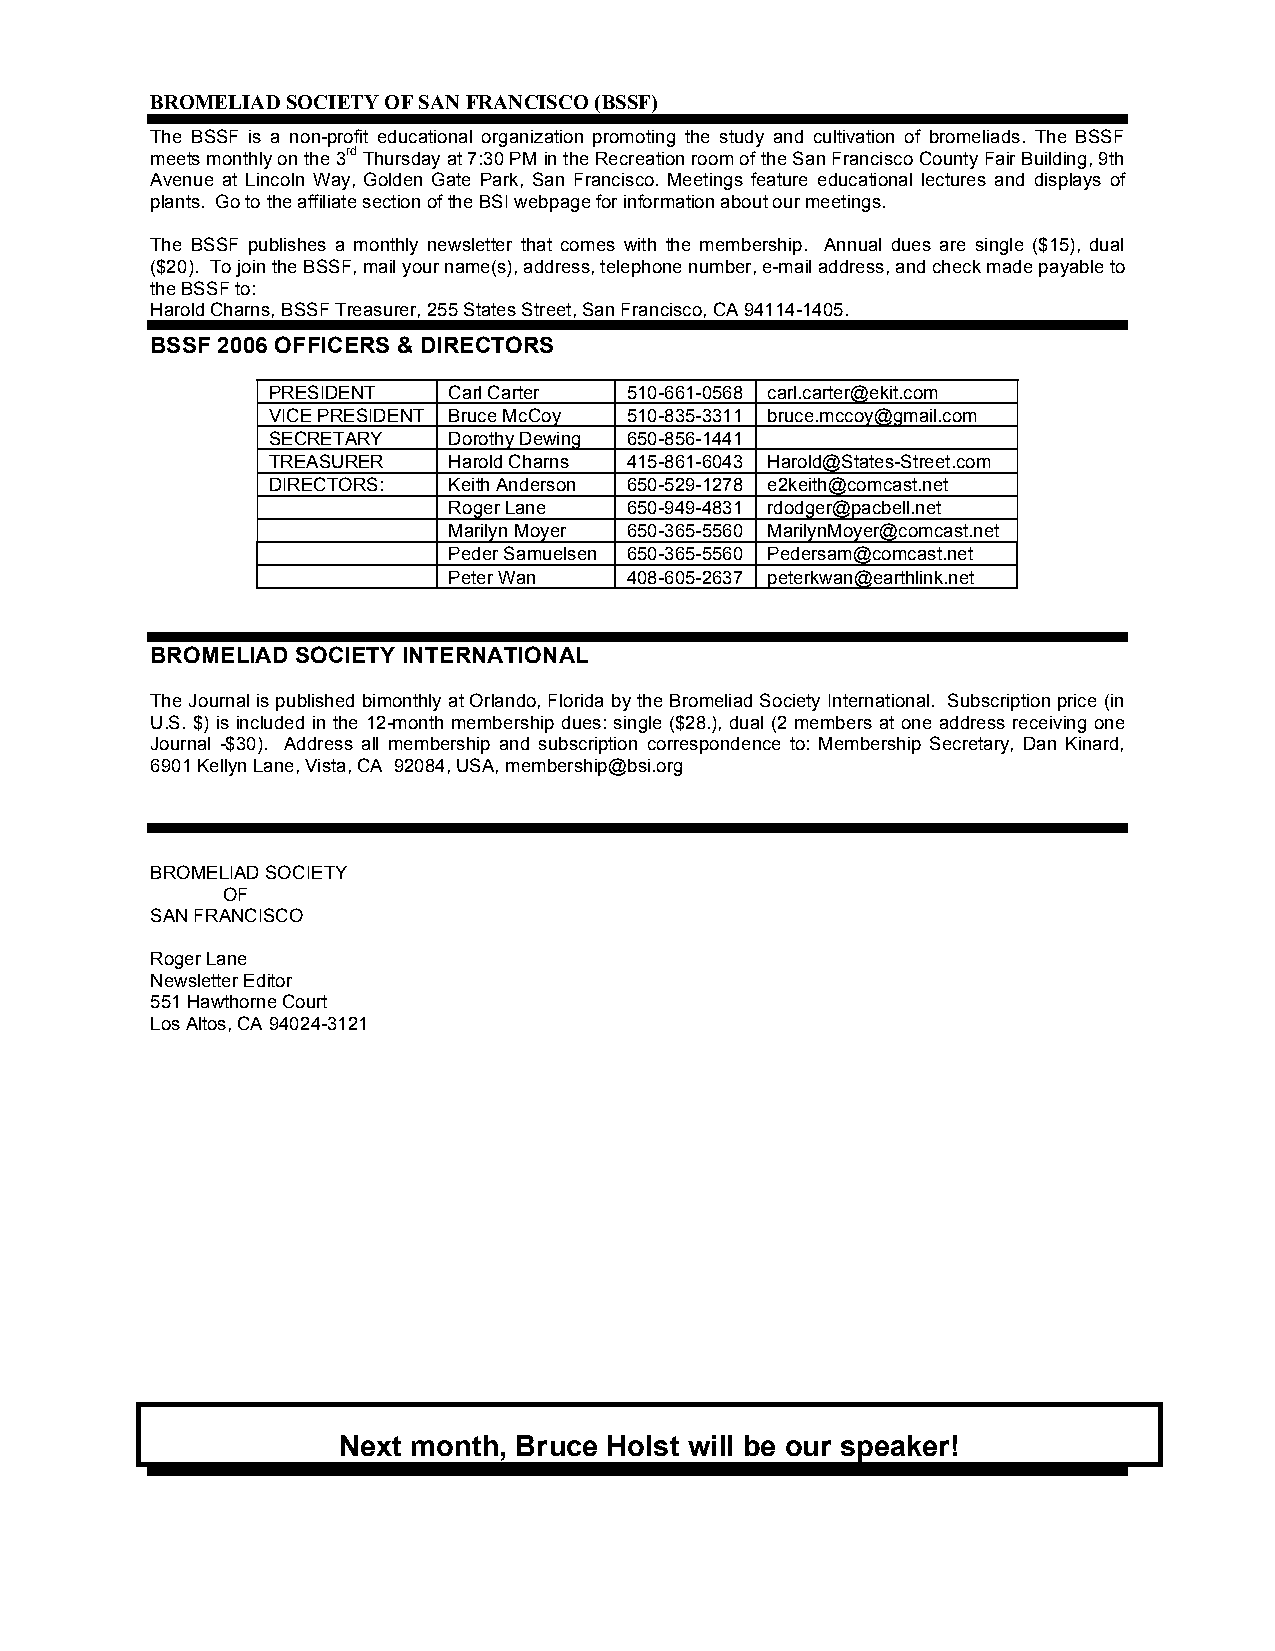
BROMELIAD SOCIETY OF SAN FRANCISCO (BSSF)
 The BSSF is a non-profit educational organization promoting the study and cultivation of bromeliads. The BSSF
 meets monthly on the 3rd Thursday at 7:30 PM in the Recreation room of the San Francisco County Fair Building, 9th
 Avenue at Lincoln Way, Golden Gate Park, San Francisco. Meetings feature educational lectures and displays of
 plants. Go to the affiliate section of the BSI webpage for information about our meetings.
 The BSSF publishes a monthly newsletter that comes with the membership. Annual dues are single ($15), dual
 ($20). To join the BSSF, mail your name(s), address, telephone number, e-mail address, and check made payable to
 the BSSF to:
 Harold Charns, BSSF Treasurer, 255 States Street, San Francisco, CA 94114-1405.
 BSSF 2006 OFFICERS & DIRECTORS
 PRESIDENT   Carl Carter 510-661-0568 carl.carter@ekit.com
 VICE PRESIDENT Bruce McCoy 510-835-3311 bruce.mccoy@gmail.com
 SECRETARY   Dorothy Dewing 650-856-1441
 TREASURER   Harold Charns 415-861-6043 Harold@States-Street.com
 DIRECTORS:  Keith Anderson 650-529-1278 e2keith@comcast.net
 Roger Lane 650-949-4831 rdodger@pacbell.net
 Marilyn Moyer 650-365-5560 MarilynMoyer@comcast.net
 Peder Samuelsen 650-365-5560 Pedersam@comcast.net
 Peter Wan  408-605-2637 peterkwan@earthlink.net
 BROMELIAD SOCIETY INTERNATIONAL
 The Journal is published bimonthly at Orlando, Florida by the Bromeliad Society International. Subscription price (in
 U.S. $) is included in the 12-month membership dues: single ($28.), dual (2 members at one address receiving one
 Journal -$30). Address all membership and subscription correspondence to: Membership Secretary, Dan Kinard,
 6901 Kellyn Lane, Vista, CA 92084, USA, membership@bsi.org
 BROMELIAD SOCIETY
 OF
 SAN FRANCISCO
 Roger Lane
 Newsletter Editor
 551 Hawthorne Court
 Los Altos, CA 94024-3121
 Next month, Bruce Holst will be our speaker!